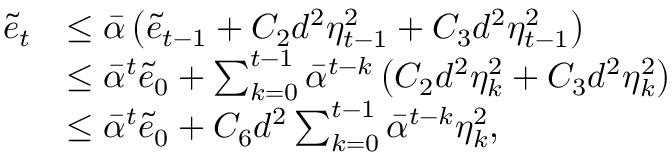
\begin{array} { r l } { \tilde { e } _ { t } } & { \leq \bar { \alpha } \left( \tilde { e } _ { t - 1 } + C _ { 2 } d ^ { 2 } \eta _ { t - 1 } ^ { 2 } + C _ { 3 } d ^ { 2 } { \eta _ { t - 1 } ^ { 2 } } \right) } \\ & { \leq \bar { \alpha } ^ { t } \tilde { e } _ { 0 } + \sum _ { k = 0 } ^ { t - 1 } \bar { \alpha } ^ { t - k } \left( C _ { 2 } d ^ { 2 } \eta _ { k } ^ { 2 } + C _ { 3 } d ^ { 2 } { \eta _ { k } ^ { 2 } } \right) } \\ & { \leq \bar { \alpha } ^ { t } \tilde { e } _ { 0 } + C _ { 6 } d ^ { 2 } \sum _ { k = 0 } ^ { t - 1 } \bar { \alpha } ^ { t - k } \eta _ { k } ^ { 2 } , } \end{array}